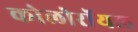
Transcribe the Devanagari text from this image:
कोलोरॉयल